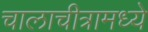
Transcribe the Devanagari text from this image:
चालाचीत्रामध्ये